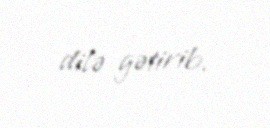
dilə gətirib.